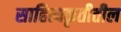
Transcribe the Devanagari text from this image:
साहित्यकृतीतील